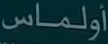
أولماس